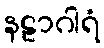
နဠာဂါရံ